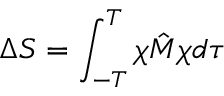
\Delta S = \int _ { - T } ^ { T } \chi \hat { M } \chi d \tau